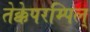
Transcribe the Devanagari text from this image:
तेक्केपरम्पिल्